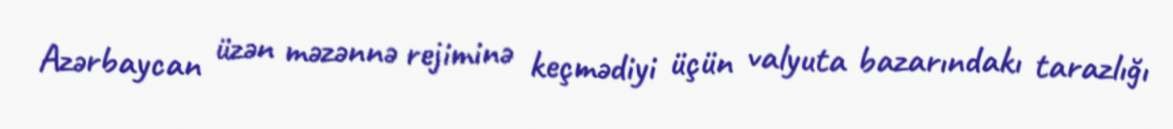
Azərbaycan üzən məzənnə rejiminə keçmədiyi üçün valyuta bazarındakı tarazlığı